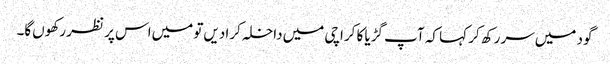
گود میں‌سر رکھ کر کہا کہ آپ گڑیا کا کراچی میں‌داخلہ کرا دیں‌تو میں‌اس پر نظر رکھوں‌گا۔